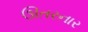
ઊતરનાર